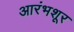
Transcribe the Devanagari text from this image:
आरंभशूर